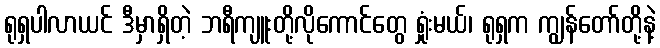
ရုရှပါလာယင် ဒီမှာရှိတဲ့ ဘရီကျူးတို့လိုကောင်တွေ ရှုံးမယ်၊ ရုရှက ကျွန်တော်တို့နဲ့